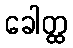
ခေါတ္ထ